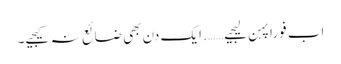
اب فوراً پہن لیجیے……. ایک دن بھی ضائع نہ کیجیے۔